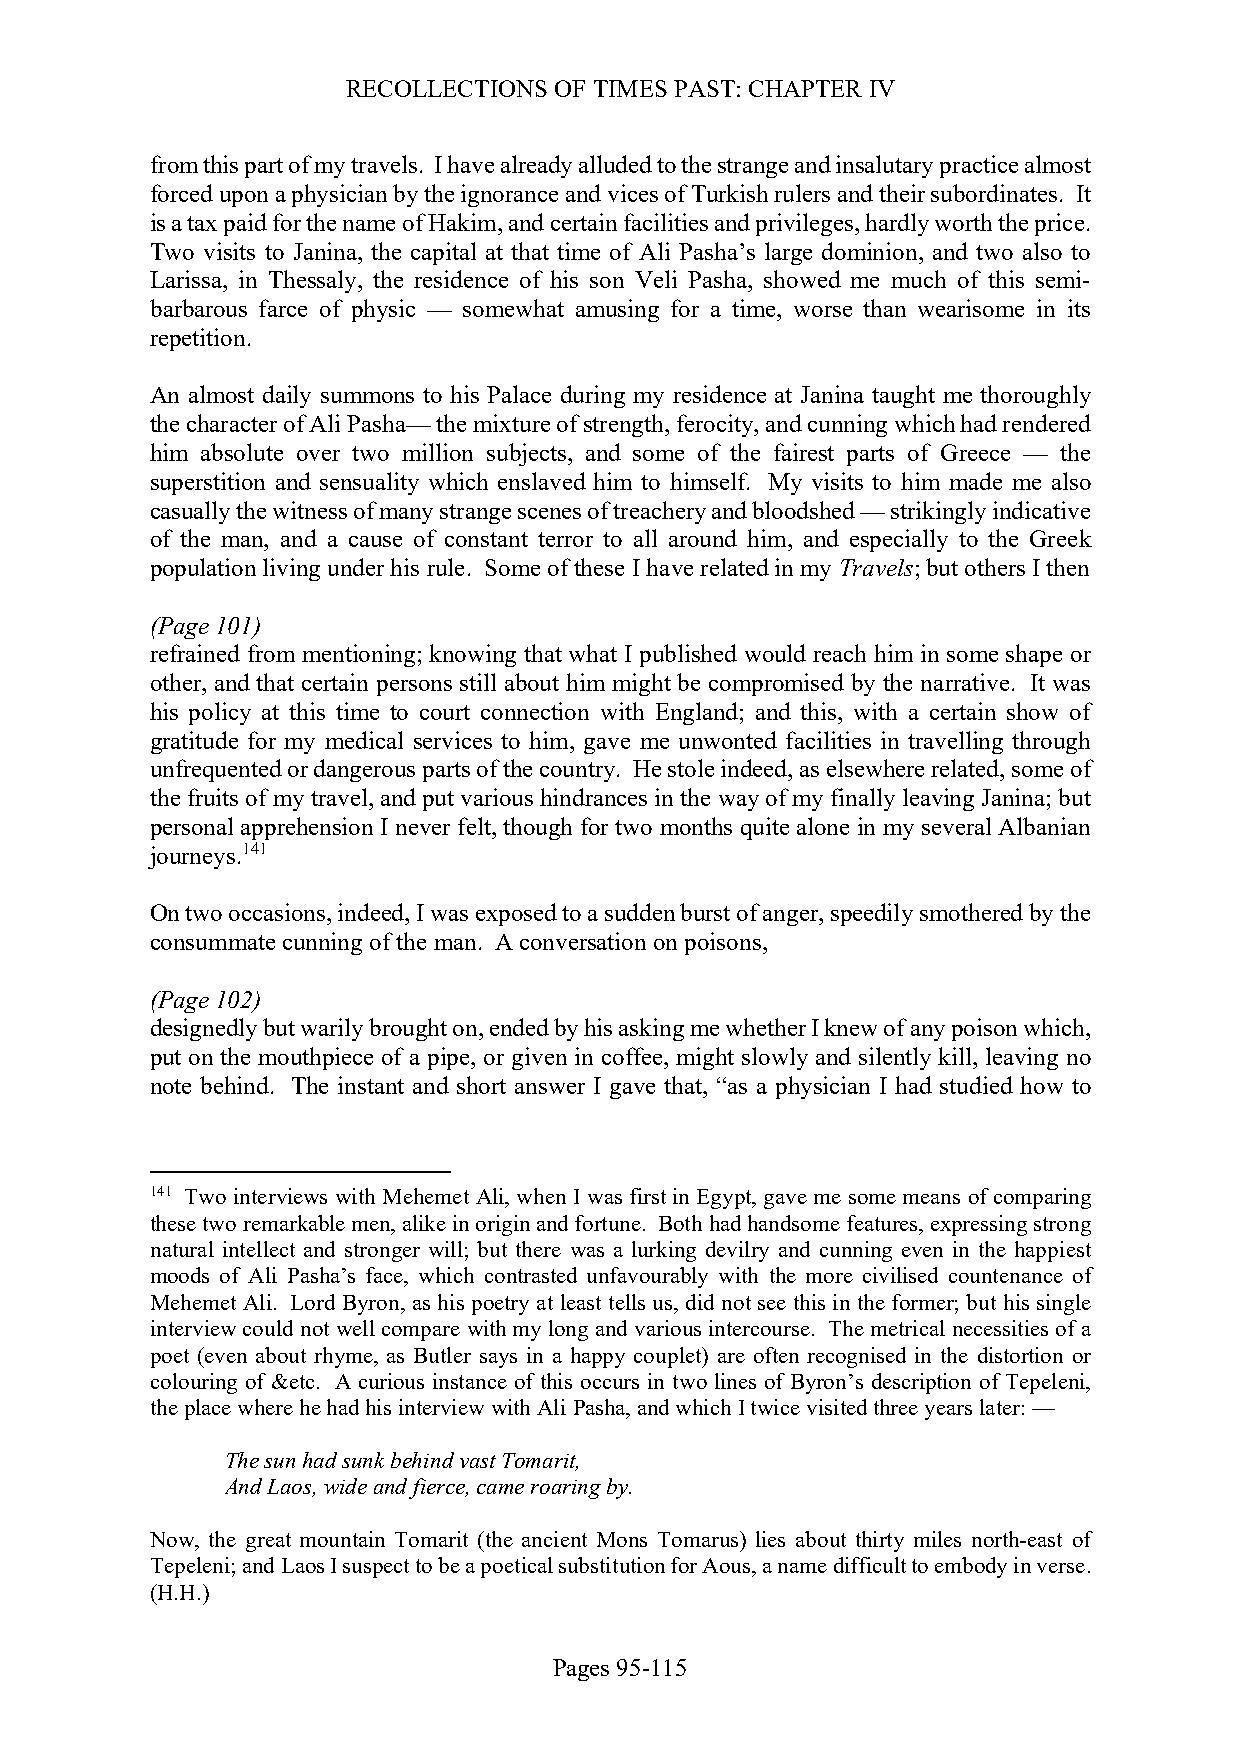
RECOLLECTIONS OF TIMES PAST: CHAPTER IV
 from this part of my travels. I have already alluded to the strange and insalutary practice almost
 forced upon a physician by the ignorance and vices of Turkish rulers and their subordinates. It
 is a tax paid for the name of Hakim, and certain facilities and privileges, hardly worth the price.
 Two visits to Janina, the capital at that time of Ali Pasha’s large dominion, and two also to
 Larissa, in Thessaly, the residence of his son Veli Pasha, showed me much of this semi-
 barbarous farce of physic — somewhat amusing for a time, worse than wearisome in its
 repetition.
 An almost daily summons to his Palace during my residence at Janina taught me thoroughly
 the character of Ali Pasha— the mixture of strength, ferocity, and cunning which had rendered
 him absolute over two million subjects, and some of the fairest parts of Greece — the
 superstition and sensuality which enslaved him to himself. My visits to him made me also
 casually the witness of many strange scenes of treachery and bloodshed — strikingly indicative
 of the man, and a cause of constant terror to all around him, and especially to the Greek
 population living under his rule. Some of these I have related in my Travels; but others I then
 (Page 101)
 refrained from mentioning; knowing that what I published would reach him in some shape or
 other, and that certain persons still about him might be compromised by the narrative. It was
 his policy at this time to court connection with England; and this, with a certain show of
 gratitude for my medical services to him, gave me unwonted facilities in travelling through
 unfrequented or dangerous parts of the country. He stole indeed, as elsewhere related, some of
 the fruits of my travel, and put various hindrances in the way of my finally leaving Janina; but
 personal apprehension I never felt, though for two months quite alone in my several Albanian
 journeys.141
 On two occasions, indeed, I was exposed to a sudden burst of anger, speedily smothered by the
 consummate cunning of the man. A conversation on poisons,
 (Page 102)
 designedly but warily brought on, ended by his asking me whether I knew of any poison which,
 put on the mouthpiece of a pipe, or given in coffee, might slowly and silently kill, leaving no
 note behind. The instant and short answer I gave that, “as a physician I had studied how to
 141 Two interviews with Mehemet Ali, when I was first in Egypt, gave me some means of comparing
 these two remarkable men, alike in origin and fortune. Both had handsome features, expressing strong
 natural intellect and stronger will; but there was a lurking devilry and cunning even in the happiest
 moods of Ali Pasha’s face, which contrasted unfavourably with the more civilised countenance of
 Mehemet Ali. Lord Byron, as his poetry at least tells us, did not see this in the former; but his single
 interview could not well compare with my long and various intercourse. The metrical necessities of a
 poet (even about rhyme, as Butler says in a happy couplet) are often recognised in the distortion or
 colouring of &etc. A curious instance of this occurs in two lines of Byron’s description of Tepeleni,
 the place where he had his interview with Ali Pasha, and which I twice visited three years later: —
 The sun had sunk behind vast Tomarit,
 And Laos, wide and fierce, came roaring by.
 Now, the great mountain Tomarit (the ancient Mons Tomarus) lies about thirty miles north-east of
 Tepeleni; and Laos I suspect to be a poetical substitution for Aous, a name difficult to embody in verse.
 (H.H.)
 Pages 95-115